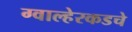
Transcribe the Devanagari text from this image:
ग्वाल्हेरकडचे